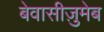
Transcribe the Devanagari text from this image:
बेवासीज़ुमेब